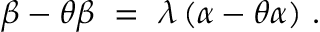
\beta - \theta \beta ~ = ~ \lambda \, ( \alpha - \theta \alpha ) ~ .